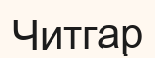
Читгар